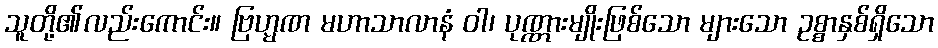
သူတို့၏လည်းကောင်း။ ဗြဟ္မဏ မဟာသာလာနံ ဝါ၊ ပုဏ္ဏားမျိုးဖြစ်သော များသော ဥစ္စာနှစ်ရှိသော